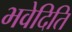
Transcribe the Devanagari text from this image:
भवेदिति